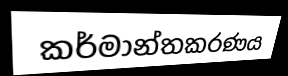
කර්මාන්තකරණය